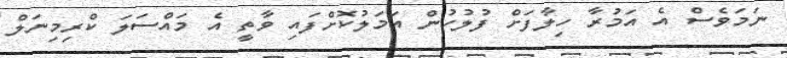
ނަމަވެސް އެ އަމުރާ ހިލާފަށް ފުލުހުން އަމަލުކޮށްފައި ވާތީ އެ މައްސަލަ ކްރިމިނަލް